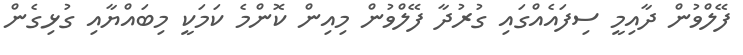
ފޭލްވުން ދާއިމީ ސިފައެއްގައި ގުރުދާ ފޭލްވުން މިއިން ކޮންމެ ކަމަކީ މިބައްޔާއި ގުޅިގެން